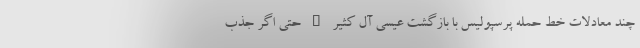
چند معادلات خط حمله پرسپولیس با بازگشت عیسی آل کثیر – حتی اگر جذب